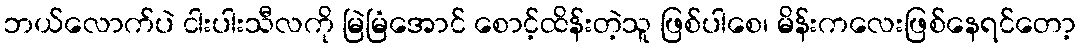
ဘယ်လောက်ပဲ ငါးပါးသီလကို မြဲမြံအောင် စောင့်ထိန်းတဲ့သူ ဖြစ်ပါစေ၊ မိန်းကလေးဖြစ်နေရင်တော့